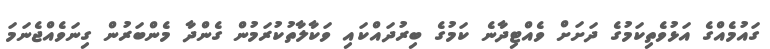
ގައުމެއްގެ އަޅުވެތިކަމުގެ ދަށަށް ވެއްޓިދާނެ ކަމުގެ ބިރުދައްކައި ވަކާލާތުކުރަމުން ގެންދާ މެންބަރުން ގިނަވެއްޖެނަމަ